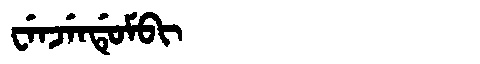
Manchu: ᠸᡝᠨᠵᡝᠨᡩᡠᠮᠪᡳ
Romanization: WENJENDUMBI